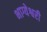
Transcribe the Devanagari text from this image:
भाग्येश्वरी